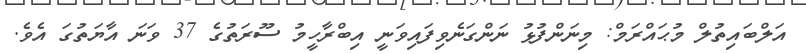
އަލްބައިތުލް މުޙައްރަމް: މިނަންފުޅު ނަންގަނެވިފައިވަނީ އިބްރާހީމު ސޫރަތުގެ 37 ވަނަ އާޔަތުގަ އެވެ.